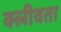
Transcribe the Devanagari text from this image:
क्लीवता